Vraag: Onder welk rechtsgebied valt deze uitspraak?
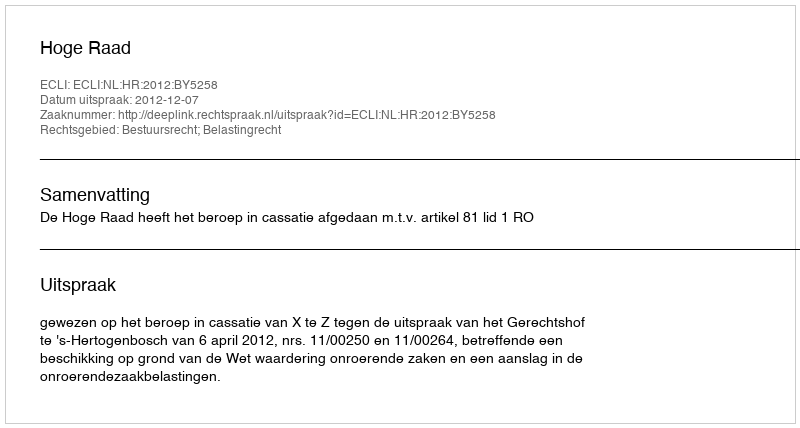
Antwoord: Bestuursrecht; Belastingrecht